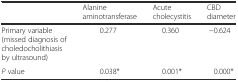
<table><thead><tr><td></td><td><b>Alanine aminotransferase</b></td><td><b>Acute cholecystitis</b></td><td><b>CBD diameter</b></td></tr></thead><tbody><tr><td>Primary variable (missed diagnosis of choledocholithiasis by ultrasound)</td><td>0.277</td><td>0.360</td><td>−0.624</td></tr><tr><td><i>P</i> value</td><td>0.038*</td><td>0.001*</td><td>0.000*</td></tr></tbody></table>